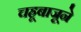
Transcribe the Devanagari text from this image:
चहूबाजूने